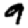
Digit: 9